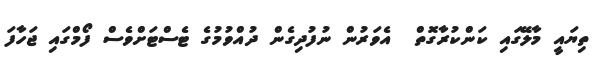
ތިޔައީ މާލޭގައި ކަންކުރާގޮތް  އެވަރުން ނުފުދިގެން ދުއްވުމުގެ ޓެސްޓަށްވެސް ފޯމްގައި ޖަހާފަ